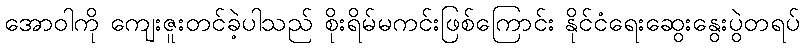
အောဝါကို ကျေးဇူးတင်ခဲ့ပါသည် စိုးရိမ်မကင်းဖြစ်ကြောင်း နိုင်ငံရေးဆွေးနွေးပွဲတရပ်